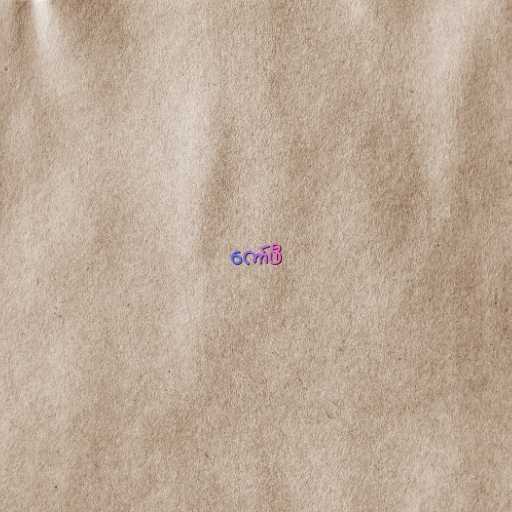
ကော်ဖီ